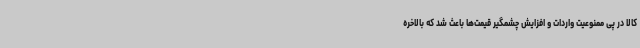
کالا در پی ممنوعیت واردات و افزایش چشمگیر قیمت‌ها باعث شد که بالاخره